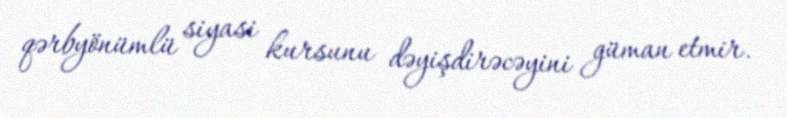
qərbyönümlü siyasi kursunu dəyişdirəcəyini güman etmir.